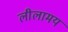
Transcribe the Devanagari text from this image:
लीलामय